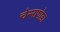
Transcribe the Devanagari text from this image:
चेन्‍नापोडा